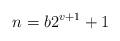
LaTeX: \begin{align*}n = b 2^{v+1} + 1\end{align*}